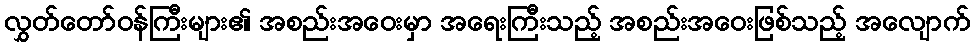
လွှတ်တော်ဝန်ကြီးများ၏ အစည်းအဝေးမှာ အရေးကြီးသည့် အစည်းအဝေးဖြစ်သည့် အလျောက်